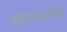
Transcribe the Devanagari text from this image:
ओरियनटेलिस